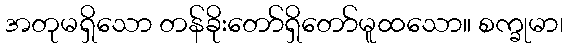
အတုမရှိသော တန်ခိုးတော်ရှိတော်မူထသော။ စက္ခုမာ၊